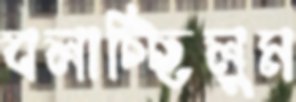
বলাচ্ছিলুম